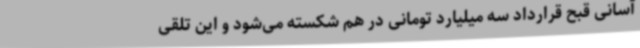
آسانی قبح قرارداد سه میلیارد تومانی در هم شکسته می‌شود و این تلقی